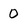
Character: 0